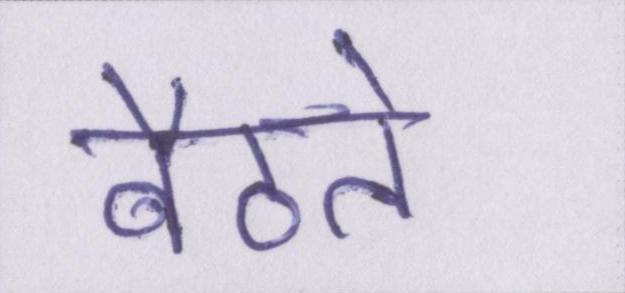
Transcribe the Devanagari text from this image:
बैठते